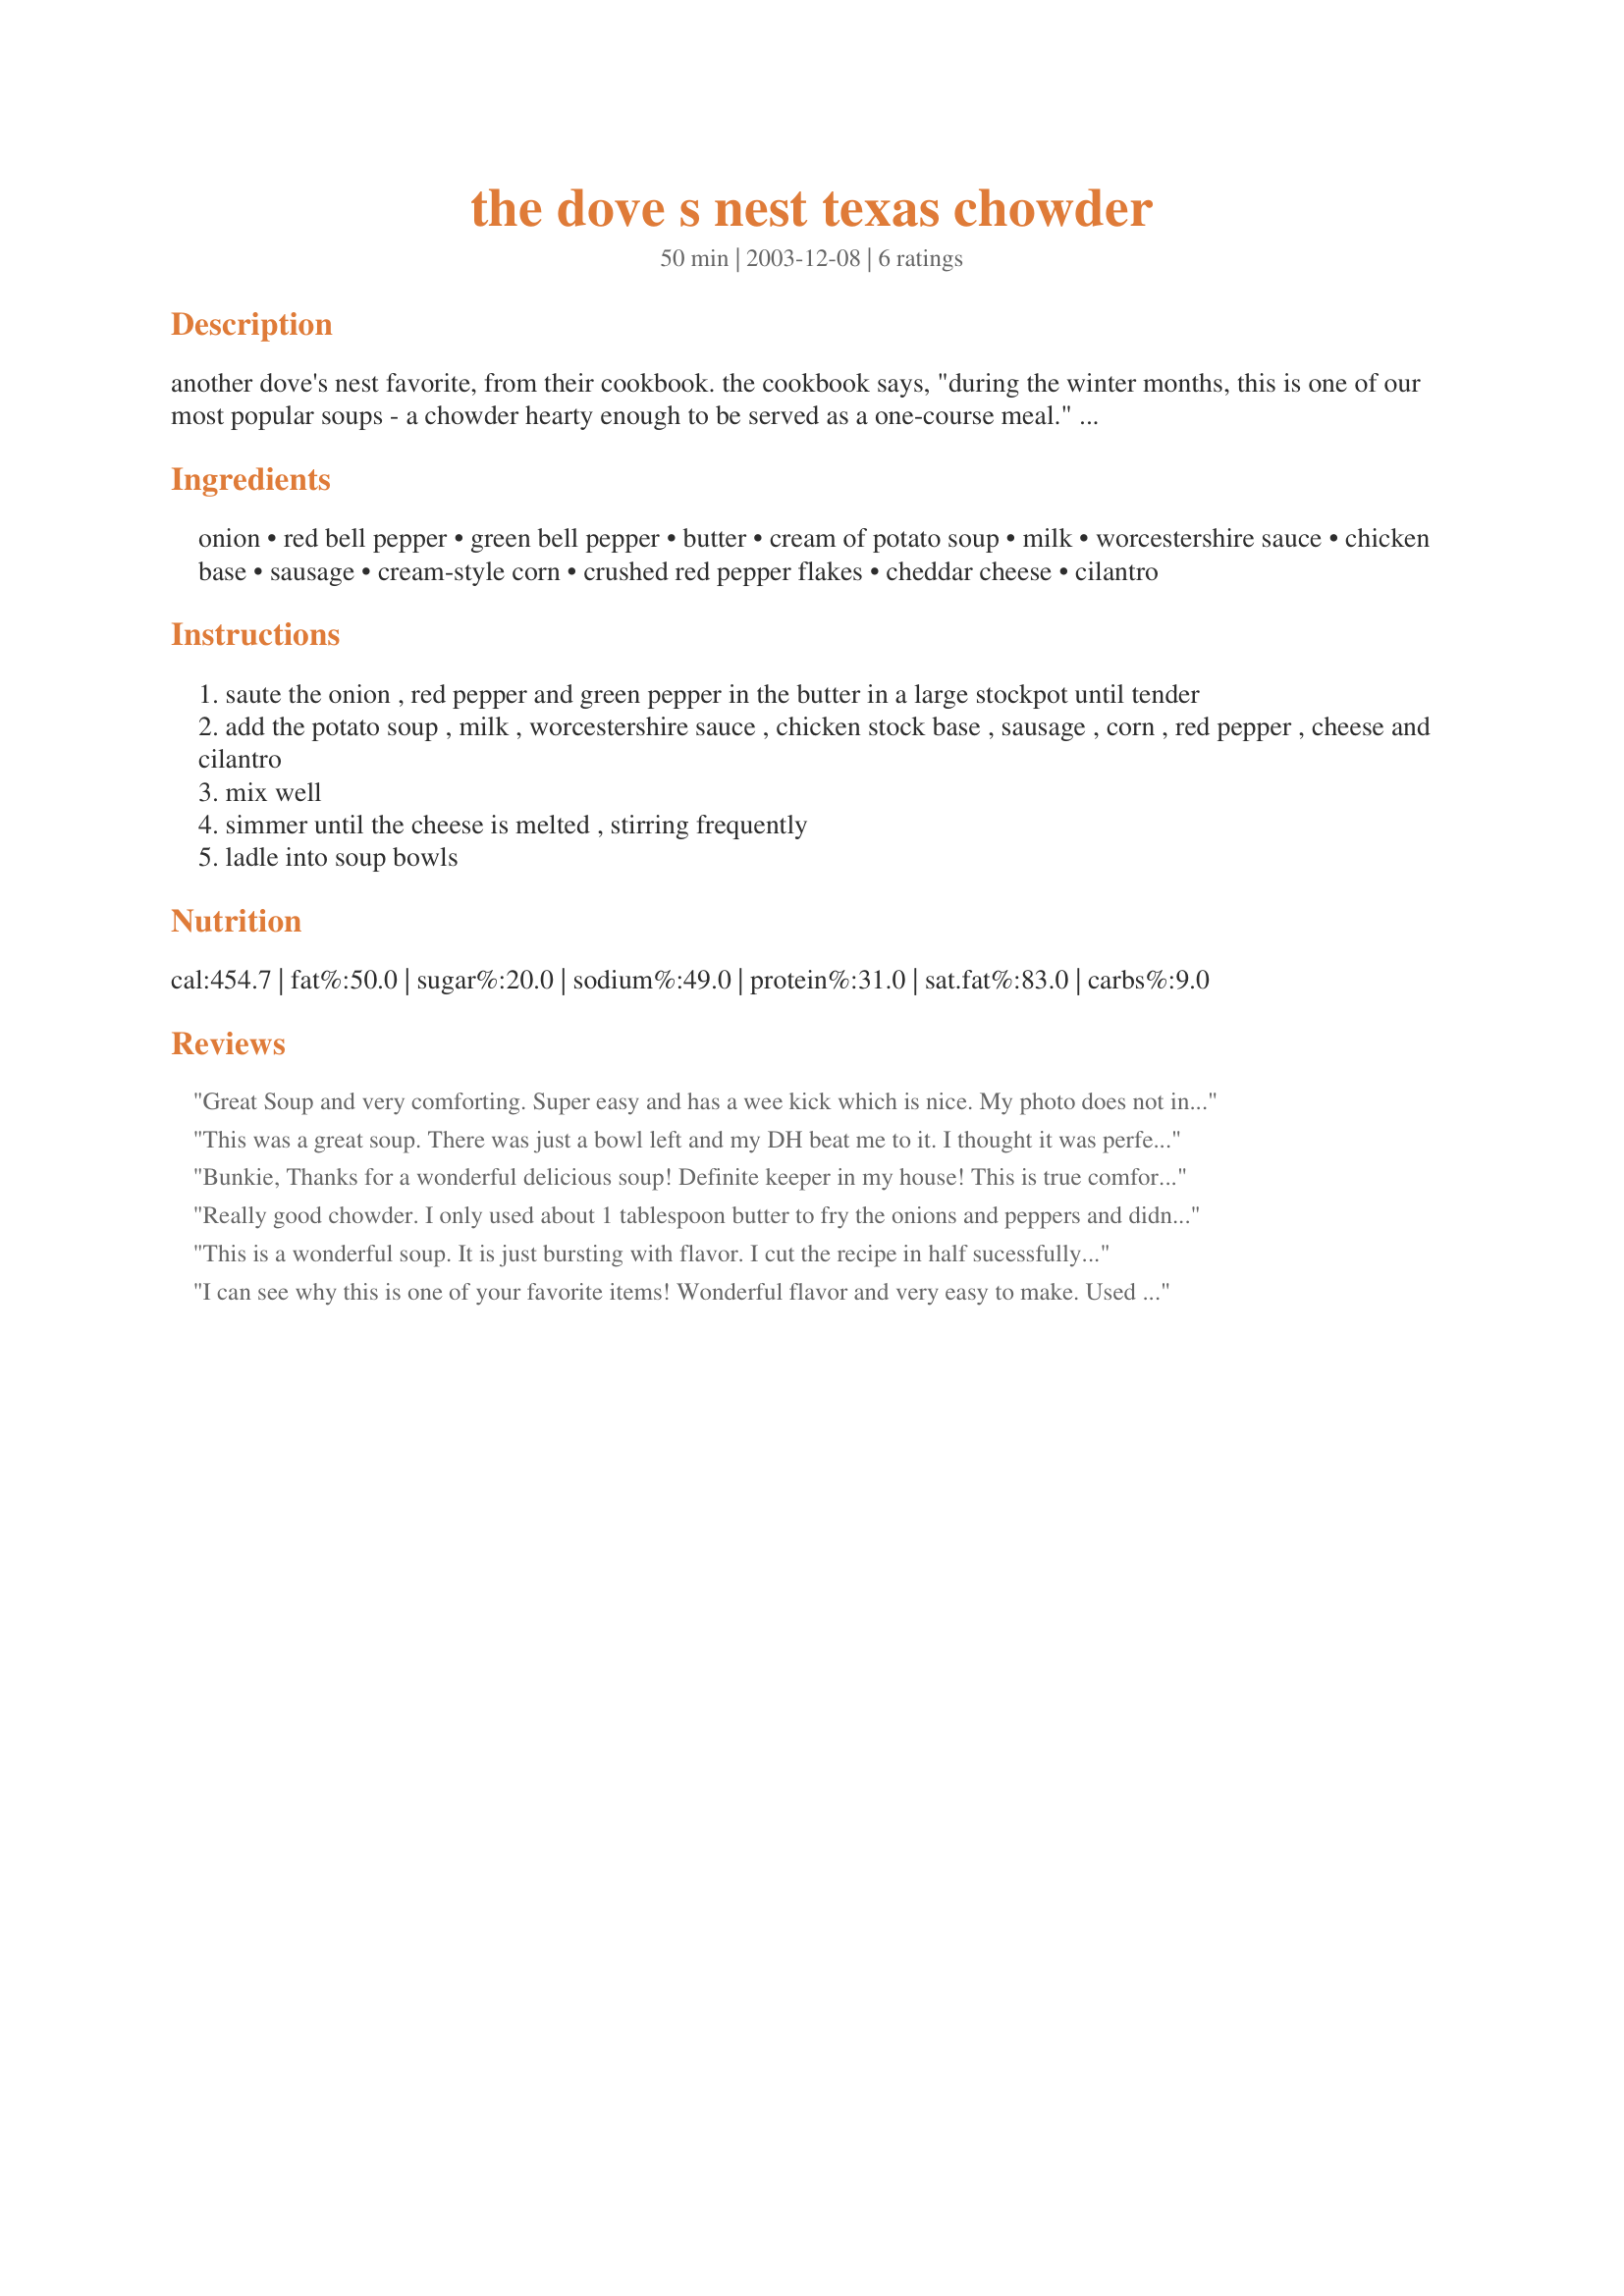
the dove s nest texas chowder
Preparation time: 50 minutes

another dove's nest favorite, from their cookbook. the cookbook says, "during the winter months, this is one of our most popular soups - a chowder hearty enough to be served as a one-course meal." i'm just guessing at prep and cooking time - the cookbook didn't note it, and i've never made the soup myself, just eaten it at the restaurant. it is absolutely delicious, and one of my favorite things that they serve.

Ingredients:
onion, red bell pepper, green bell pepper, butter, cream of potato soup, milk, worcestershire sauce, chicken base, sausage, cream-style corn, crushed red pepper flakes, cheddar cheese, cilantro

Steps:
saute the onion , red pepper and green pepper in the butter in a large stockpot until tender
add the potato soup , milk , worcestershire sauce , chicken stock base , sausage , corn , red pepper , cheese and cilantro
mix well
simmer until the cheese is melted , stirring frequently
ladle into soup bowls

Reviews:
Great Soup and very comforting. Super easy and has a wee kick which is nice. My photo does not include the cheese as I am freezing and want to add when I reheat. Thanks
This was a great soup. There was just a bowl left and my DH beat me to it. I thought it was perfect the way it was, My DH asked for more sausage the next time. Thanks for the keeper.
Bunkie, Thanks for a wonderful delicious soup! Definite keeper in my house! This is true comfort food. I served it with homemade frech bread. That is all that is needed. Great on those cold wintery nights.
Really good chowder. I only used about 1 tablespoon butter to fry the onions and peppers and didn't miss the extra butter at all. I used only one red pepper because that's all I had and added a little extra chopped potato.
This recipe is a keeper!
This is a wonderful soup. It is just bursting with flavor. I cut the recipe in half sucessfully. I made it vegetarian so I omitted the meat and used more potato soup in it's place. I also used vegetable base rather than chicken base as the recipe calls for. This recipe is definitely a keeper and Bunkie, thank you for sharing your recipe!
I can see why this is one of your favorite items! Wonderful flavor and very easy to make. Used frozen stir-fry peppers and onions. Browned the sausage, onion and peppers together, drained the grease, added the corn then used the immersion blender for a finer texture. Followed recipe from there on....next time (and there will be a next time) I may add a diced potato (or frozen hash browns)for more potato. Thanks for submitting!
